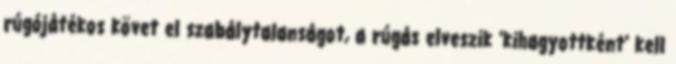
rúgójátékos követ el szabálytalanságot, a rúgás elveszik 'kihagyottként' kell